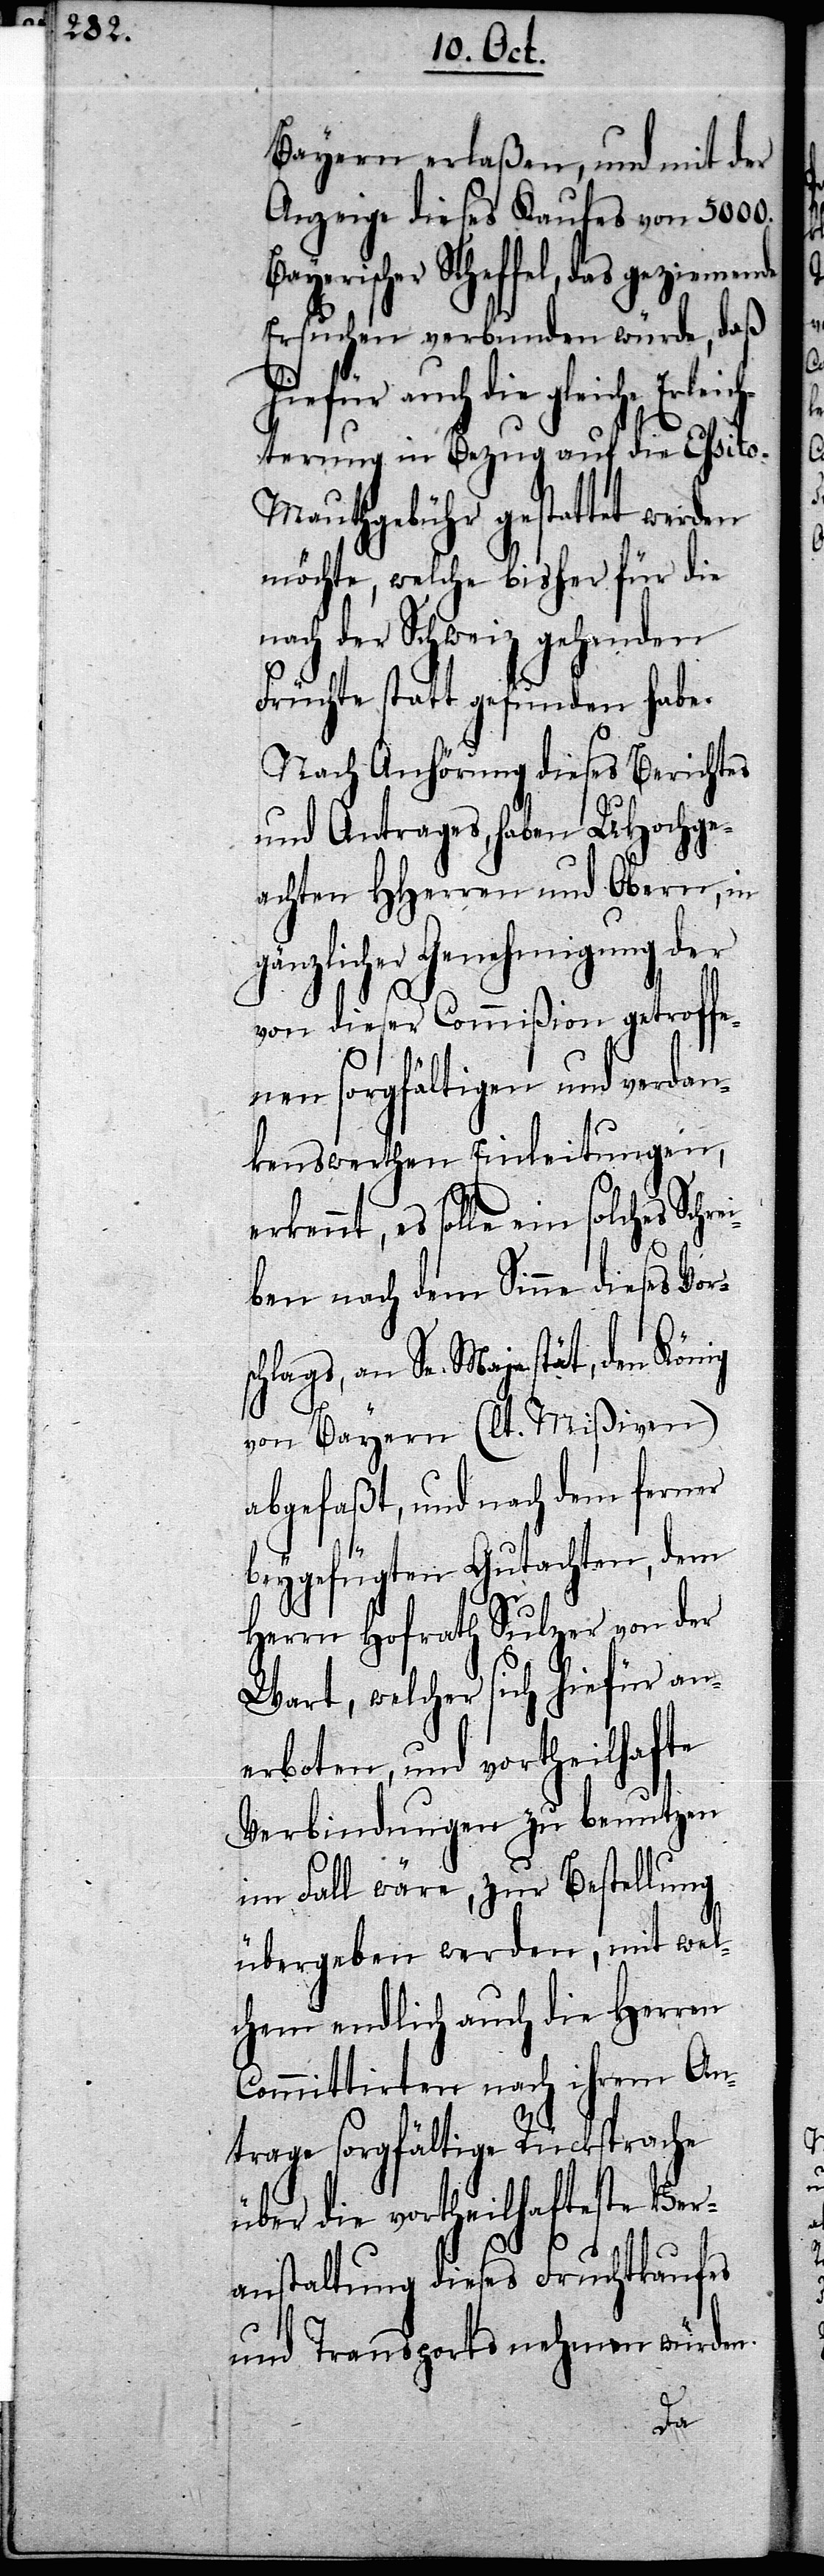
nde

Bayern erlaßen, und mit der
Anzeige dieses Kaufes von 5000.
yerischer Scheffel, das gezieme¬
Ersuchen verbunden würde, daß
die gleiche Erlei¬
chterung in Bezug auf die Essit¬
o-Mauthgebühr gestattet werden
möchte, welche bisher für die
nach der Schweiz gehenden
Früchte statt gefunden habe.
Nach Anhörung dieses Berichtes
und Antrages, haben UHochge¬
achten HHerren und Obern, in
gänzlicher Genehmigung der
von dieser Commißion getroffe¬
nen sorgfältigen und verdan¬
kenswerthen Einleitungen,
erkennt, es solle ein solches Schr¬
ei¬
ben nach dem Sinne dieses Vors¬
chlags, an Se. Majestät, den König
von Bayern (lt. Mißiven)
abgefaßt, und nach dem ferner
beygefügten Gutachten, dem
Herrn Hofrath Sulzer von der
Wart, welcher sich hiefür an¬
erboten, und vortheilhafte
Verbindungen zu benutzen
im Fall wäre, zur Bestellung
übergeben werden, mit wel¬
chem endlich auch die Herren
Committirten nach ihrem An¬
trage sorgfältige Rücksprache
über die vortheilhafteste Ver¬
anstaltung dieses Fruchtkaufes
und Transports nehemen würden.